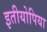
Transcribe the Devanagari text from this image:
इतीयोपिया